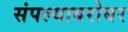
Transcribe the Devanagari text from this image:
संपल्याबरोबर